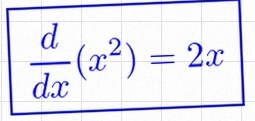
\frac{d}{dx}(x^2)=2x